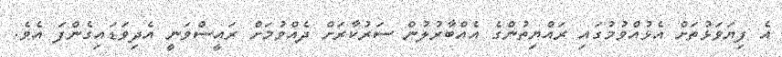
އެ ފިޔަވަޅުތަށް އެޅުއްވުމުގައި ރައްޔިތުންގެ އެއްބާރުލުން ސަރުކާރަށް ދެއްވުމަށް ރައީސްވަނީ އެދިވަޑައިގެންފަ އެވެ.